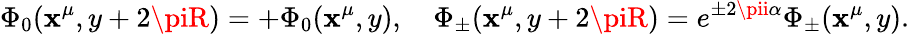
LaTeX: \Phi_{0}(\mathbf{x}^{\mu},y+2\piR)=+\Phi_{0}(\mathbf{x}^{\mu},y),\quad\Phi_{\pm}(\mathbf{x}^{\mu},y+2\piR)=e^{\pm2\pii\alpha}\Phi_{\pm}(\mathbf{x}^{\mu},y).